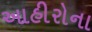
આહીરોના